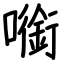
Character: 㘅